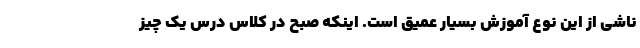
ناشی از این نوع آموزش بسیار عمیق است. اینکه صبح در کلاس درس یک چیز